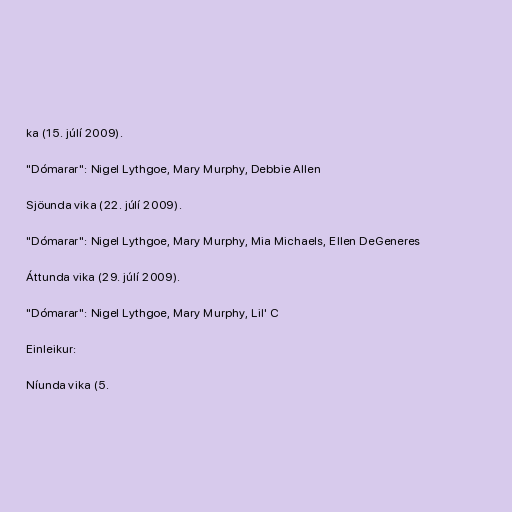
ka (15. júlí 2009).

"Dómarar": Nigel Lythgoe, Mary Murphy, Debbie Allen

Sjöunda vika (22. júlí 2009).

"Dómarar": Nigel Lythgoe, Mary Murphy, Mia Michaels, Ellen DeGeneres

Áttunda vika (29. júlí 2009).

"Dómarar": Nigel Lythgoe, Mary Murphy, Lil' C

Einleikur:

Níunda vika (5.